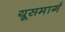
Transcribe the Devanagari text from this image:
यूसमार्ग